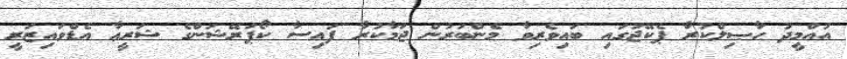
އުއްމީދު ޙާޞިލްކުރާ ޕެކޭޖުގައި ބައިވެރިވާ މެންބަރުން ޖަމާކުރާ ފައިސާ ކޯޕަރޭޝަންގެ ޝަރީޢާ އެޑްވައިޒަރީ